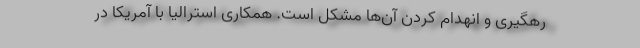
رهگیری و انهدام کردن آن‌ها مشکل است. همکاری استرالیا با آمریکا در